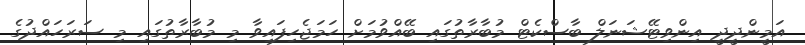
އަމީންދީދީ އިންވިޓޭޝަނަލް ބާސްކެޓް މުބާރާތުގައި ބޭއްވުމަށް ހަމަޖެހިފައިވާ މި މުބާރާތުގައި މި ސަރަހައްދުގެ